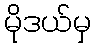
မိုဒယ်မှ